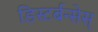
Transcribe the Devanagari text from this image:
डिस्टर्बन्सेस्